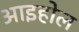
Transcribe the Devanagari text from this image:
आइहोल